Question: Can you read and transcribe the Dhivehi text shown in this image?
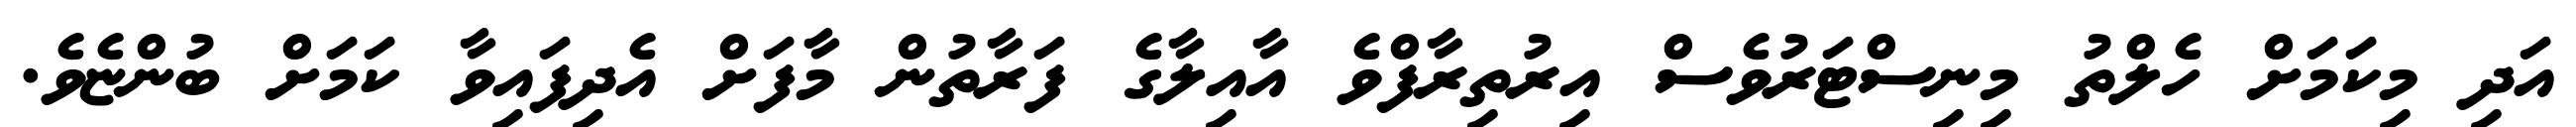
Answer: އަދި މިކަމަށް ހެލްތު މިނިސްޓަރުވެސް އިރުތިރާފްވެ އާއިލާގެ ފަރާތުން މާފަށް އެދިފައިވާ ކަމަށް ބުންޏެވެ.